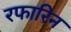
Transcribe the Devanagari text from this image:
रफारिन